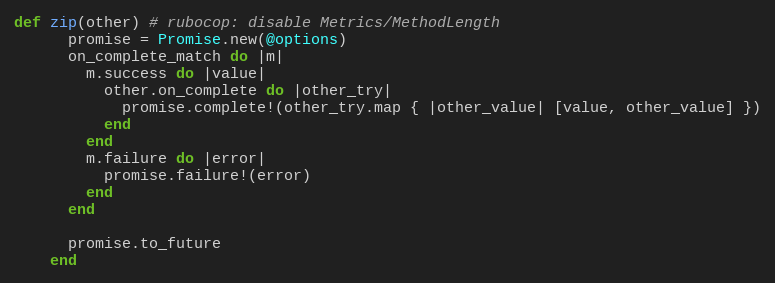
Language: Ruby
def zip(other) # rubocop: disable Metrics/MethodLength
      promise = Promise.new(@options)
      on_complete_match do |m|
        m.success do |value|
          other.on_complete do |other_try|
            promise.complete!(other_try.map { |other_value| [value, other_value] })
          end
        end
        m.failure do |error|
          promise.failure!(error)
        end
      end

      promise.to_future
    end